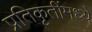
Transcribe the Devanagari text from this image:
प्रतिकृतींमध्ये